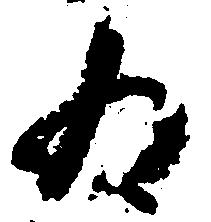
為